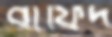
বাফিদ